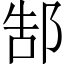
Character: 郜